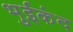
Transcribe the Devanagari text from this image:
भुईकंद